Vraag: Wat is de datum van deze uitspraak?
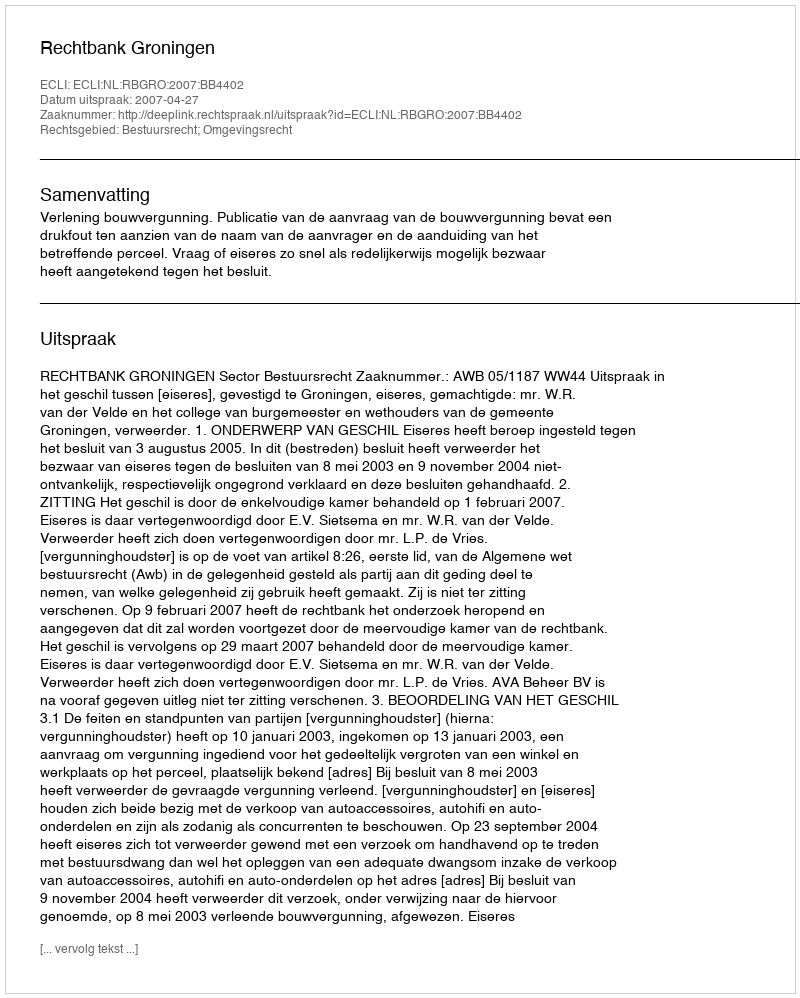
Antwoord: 2007-04-27